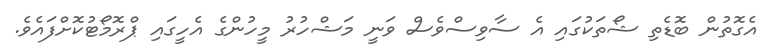
އެގޮތުން ބޮޑެތި ޝޯތަކުގައި އެ ސާވިސްވެސް ވަނީ މަޝްހުރު މީހުންގެ އެހީގައި ޕްރޮމޯޓުކޮށްފައެވެ.